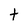
Character: t